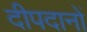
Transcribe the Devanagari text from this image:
दीपदानों